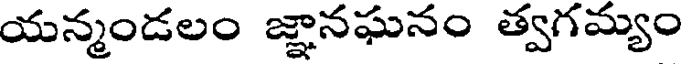
యన్మండలం జ్ఞానఘనం త్వగమ్యం